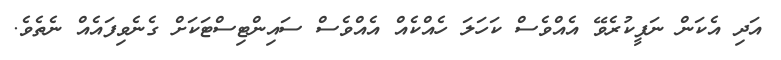
އަދި އެކަން ނަފީކުރެވޭ އެއްވެސް ކަހަލަ ހެއްކެއް އެއްވެސް ސައިންޓިސްޓަކަށް ގެނެވިފައެއް ނެތެވެ.